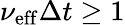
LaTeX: \nu_{\mathrm{eff}}\Delta t\ge 1